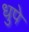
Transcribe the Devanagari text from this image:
धुपे